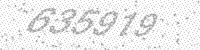
Solution: 635919